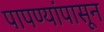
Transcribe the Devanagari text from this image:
पापण्यांपासून